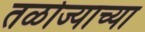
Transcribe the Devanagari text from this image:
तळोज्याच्या